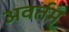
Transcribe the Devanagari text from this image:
अवर्तम्